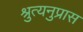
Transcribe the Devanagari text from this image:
श्रुत्यनुप्रास